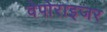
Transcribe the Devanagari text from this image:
वेपोराइजर